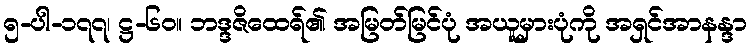
၅-ပါ-၁၇၇၊ ဋ္ဌ-၆၀။ ဘဒ္ဒဇိထေရ်၏ အမြတ်မြင်ပုံ အယူမှားပုံကို အရှင်အာနန္ဒာ